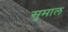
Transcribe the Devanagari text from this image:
सुमाल